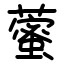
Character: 藌